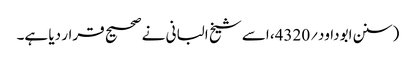
(سنن ابوداود؍4320، اسے شیخ البانی نے صحیح قرار دیا ہے۔